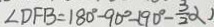
\angle D F B = 1 8 0 ^ { \circ } - 9 0 ^ { \circ } - ( 9 0 ^ { \circ } - \frac { 3 } { 2 } \alpha )